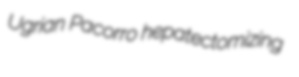
Ugrian Pacorro hepatectomizing